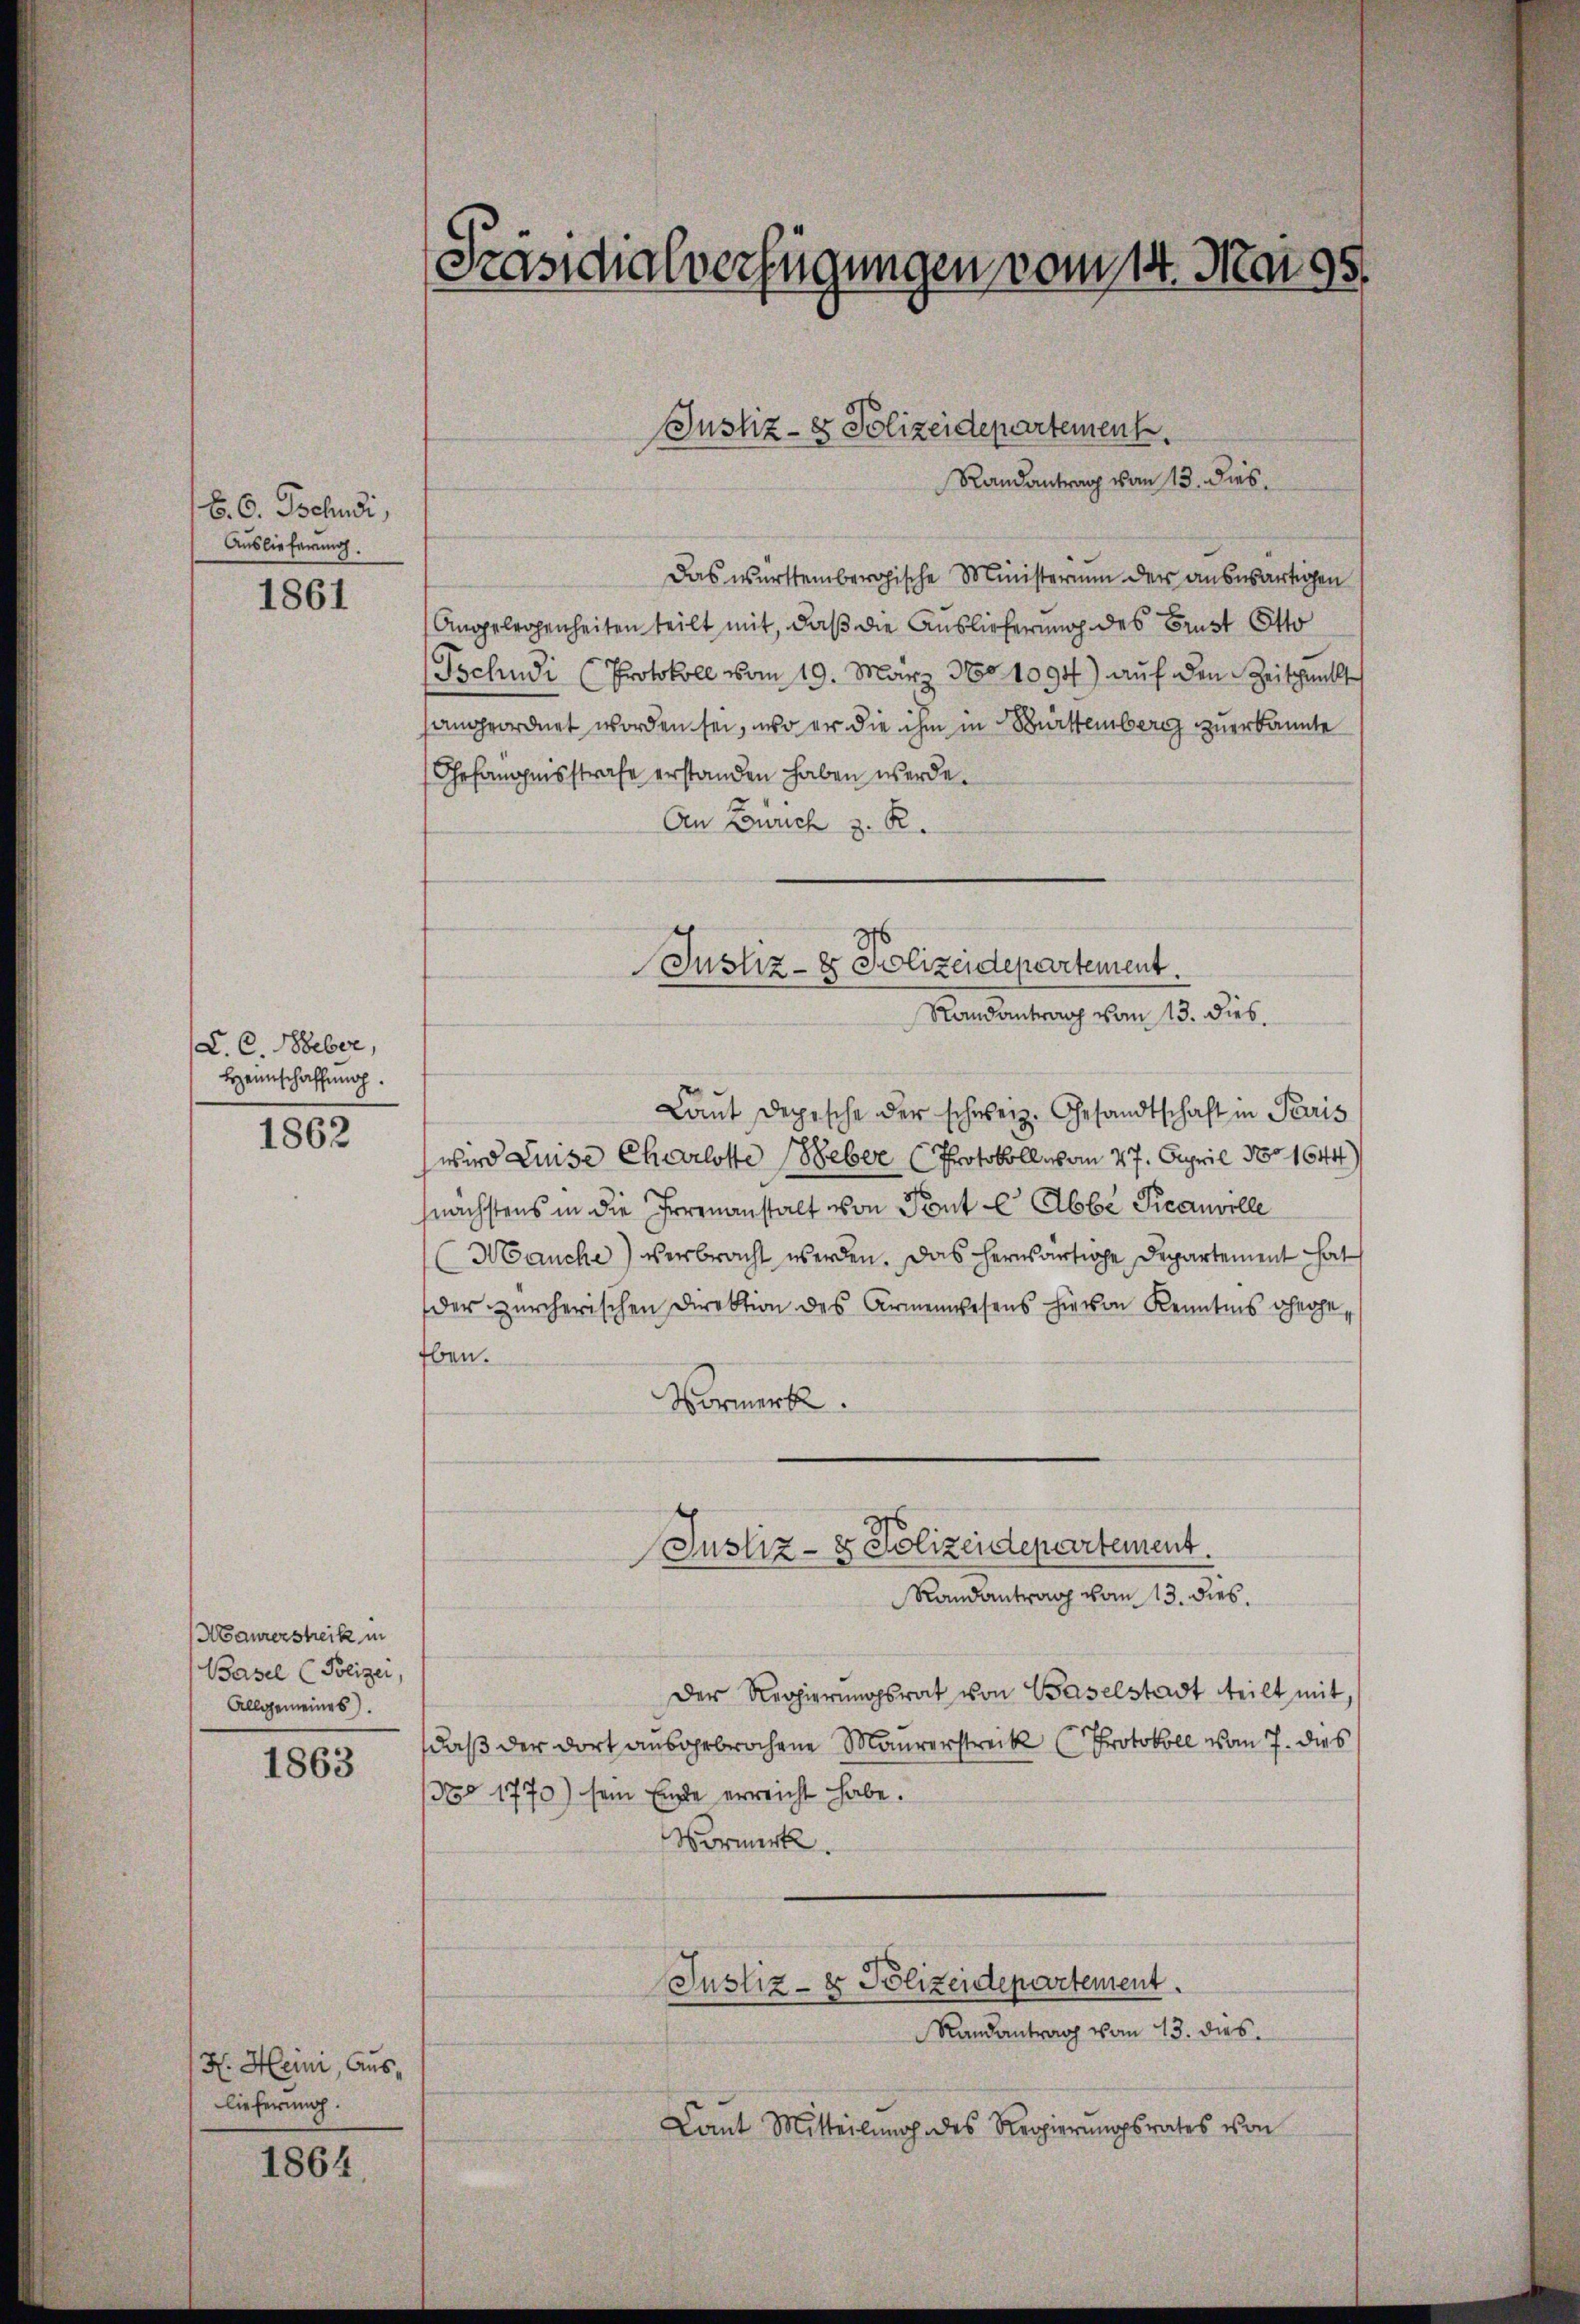
B. O. Bchudi,
Auslieferung.

1861

C. C. Weber,
Heimschaffung.

1862

Maurerstreik in
Basel (Polizei,
Allgemeines).

1863

H. Heini, Auslieferung.

1864,

Präsidialverfügungen vom 14. Mai 95.

Das württembergische Ministerium der auswärtigen
Angelegenheiten teilt mit, daß die Auslieferung des Brust Otto
Tschudi (Protokoll vom 19. März 1801094) auf den Zeitpunkt
sangeordnet worden sei, wo er die ihm in Burttemberg zuerkannte
Chefangensstrafe erstanden haben werde.
An Zürich z. R.
Laut depische der schweiz. Gesandtschaft in Paris
wird Luise Charlotte (Heber (Protokoll vom 27. April 1801644)
nächstens in die Irrenanstalt von Ponte Abbe Peanville
(Manche) verbracht werden. Das herwärtige Departement hat
der zürcherischen Direktion des Armenwesens hievon Kenntnis hergeeben.
Vormerk.
Justiz- & Polizeidepartement.
Randantrag vom 13. dies
Der Regierungsrat von Baselstadt teilt mit,
daß der dort ausgebrochene Maurerstreik (Protokoll vom 7. dies
Nro 1770) sein Ende erreicht habe.
Vormerk.
Justiz- & Polizeidepartement.
Randantrag vom 13. dies
Lant Mitteilŭng des Regierŭngsrates von

Justiz- & Polizeidepartement.
Randantrag von 13. dies

Justiz- & Polizeidepartement.
Randantrag vom 13. dies